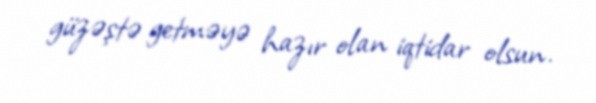
güzəştə getməyə hazır olan iqtidar olsun.